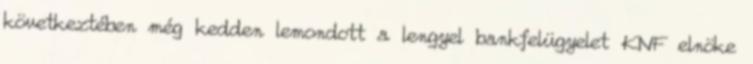
következtében még kedden lemondott a lengyel bankfelügyelet KNF elnöke